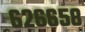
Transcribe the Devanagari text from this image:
६२६६५८